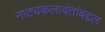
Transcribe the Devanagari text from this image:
नाट्यकलावंतांबद्दल